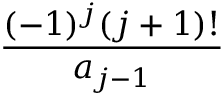
\displaystyle \frac { ( - 1 ) ^ { j } ( j + 1 ) ! } { a _ { j - 1 } }